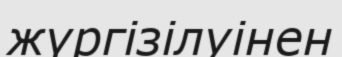
жүргізілуінен